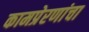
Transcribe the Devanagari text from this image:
कामप्रेरणांचा